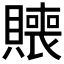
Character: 𰷑